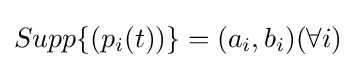
Supp\{(p_{i}(t))\}=(a_{i},b_{i})(\forall i)